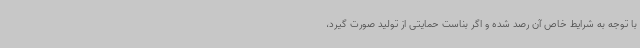
با توجه به شرایط خاص آن رصد شده و اگر بناست حمایتی از تولید صورت گیرد،